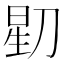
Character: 𬀶